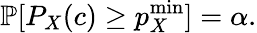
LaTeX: \mathbb{P}[P_{X}(c)\geq p_{X}^{\mathrm{min}}]=\alpha.